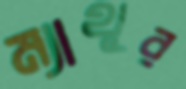
ম্যাথুর